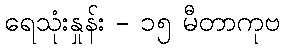
ရေသုံးနှုန်း - ၁၅ မီတာကုဗ